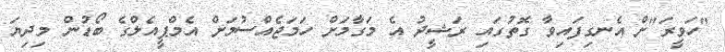
"ހަވީރަ"ށް އެނގިފައިވާ ގޮތުގައި ރަޝީދު އެ މަގާމަށް ހަމަޖެއްސުމަށް އެމްޕީއެލްގެ ބޯޑުން މިދިޔަ